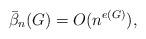
LaTeX: \begin{align*} \bar\beta_n(G)=O(n^{e(G)}), \end{align*}